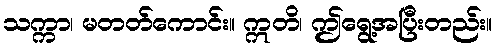
သက္ကာ၊ မတတ်ကောင်း။ ဣတိ၊ ဤရွေ့အပြီးတည်း။